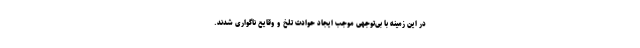
در این زمینه با بی‌توجهی موجب ایجاد حوادث تلخ و وقایع ناگواری شدند.